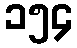
၁၅၄